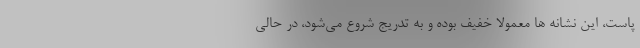
پاست، این نشانه ها معمولاً خفیف بوده و به تدریج شروع می‌شود، در حالی